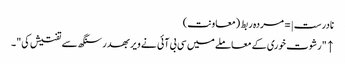
نادرست |=مردہ ربط (معاونت)
↑ "رشوت خوری کے معاملے میں سی بی آئی نے ویر بھدر سنگھ سے تفتیش کی"۔